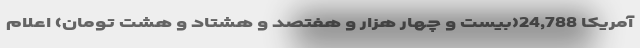
آمریکا 24,788(بیست و چهار هزار و هفتصد و هشتاد و هشت تومان) اعلام